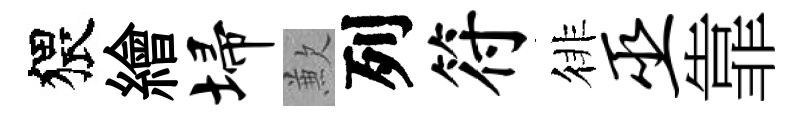
猥繪埽歉列符徘巫靠